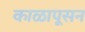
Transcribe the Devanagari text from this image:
काळापूसन